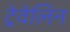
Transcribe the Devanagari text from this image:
ट्रेवेलिन